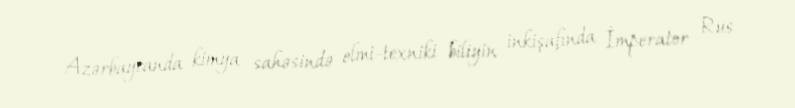
Azərbaycanda kimya sahəsində elmi-texniki biliyin inkişafında İmperator Rus